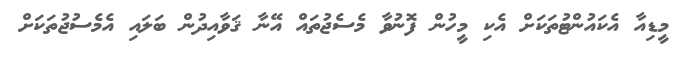
މީޑިއާ އެކައުންޓުތަކަށް އެކި މީހުން ފޮނުވާ މެސެޖުތައް އޭނާ ޤަވާއިދުން ބަލައި އެމެސުޖުތަކަށް